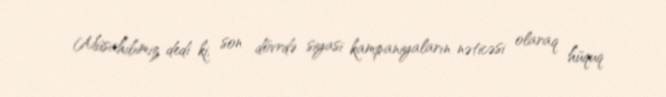
Müsahibimiz dedi ki, son dövrdə siyasi kampaniyaların nəticəsi olaraq hüquq